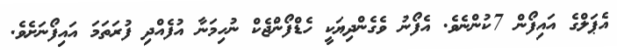
އެޕަލްގެ އައިފޯން 7ކުންނެވެ. އެފޯނު ވެގެންދިޔަކީ ހެޑްފޯންޖެކް ނުހިމަނާ އުފެއްދި ފުރަތަމަ އައިފޯނަށެވެ.